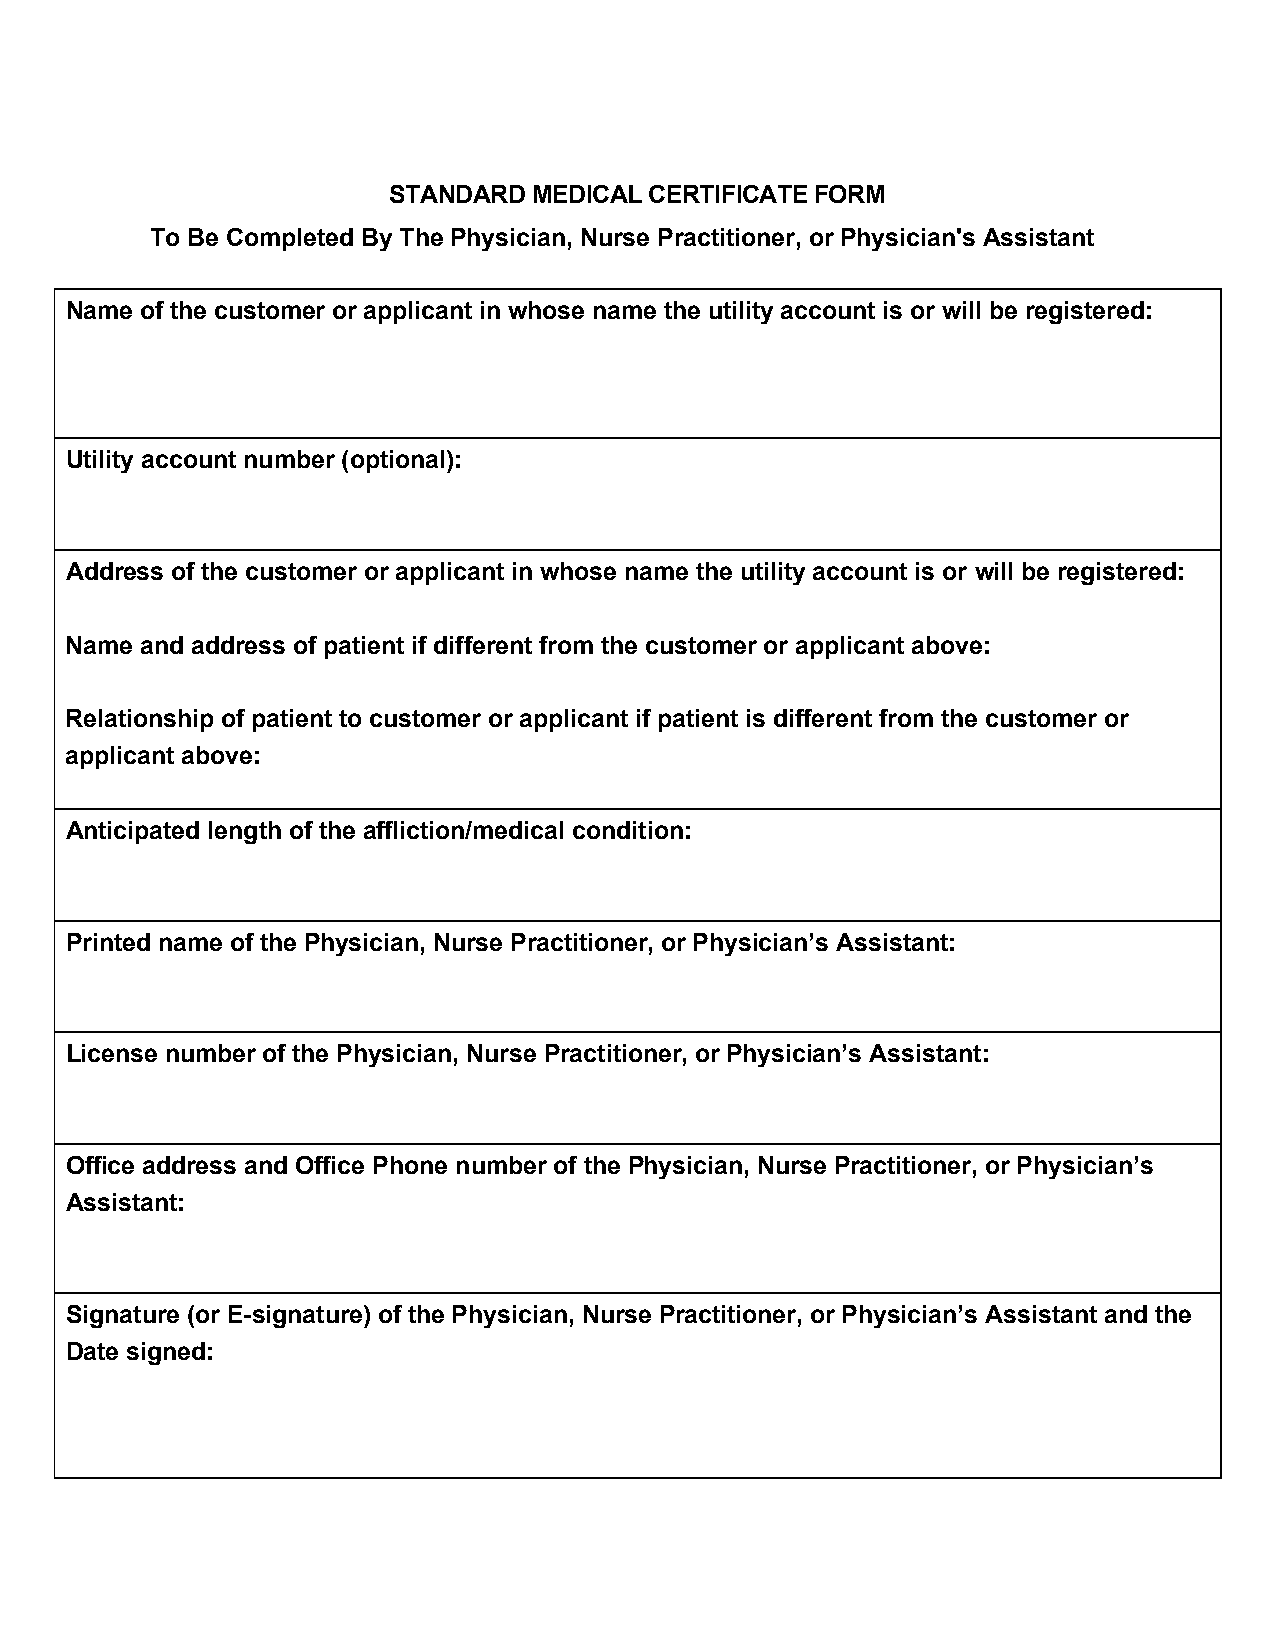
STANDARD MEDICAL CERTIFICATE FORM
 To Be Completed By The Physician, Nurse Practitioner, or Physician's Assistant
 Name of the customer or applicant in whose name the utility account is or will be registered:
 Utility account number (optional):
 Address of the customer or applicant in whose name the utility account is or will be registered:
 Name and address of patient if different from the customer or applicant above:
 Relationship of patient to customer or applicant if patient is different from the customer or
 applicant above:
 Anticipated length of the affliction/medical condition:
 Printed name of the Physician, Nurse Practitioner, or Physician’s Assistant:
 License number of the Physician, Nurse Practitioner, or Physician’s Assistant:
 Office address and Office Phone number of the Physician, Nurse Practitioner, or Physician’s
 Assistant:
 Signature (or E-signature) of the Physician, Nurse Practitioner, or Physician’s Assistant and the
 Date signed: